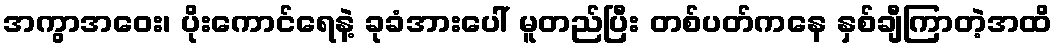
အကွာအဝေး၊ ပိုးကောင်ရေနဲ့ ခုခံအားပေါ် မူတည်ပြီး တစ်ပတ်ကနေ နှစ်ချီကြာတဲ့အထိ